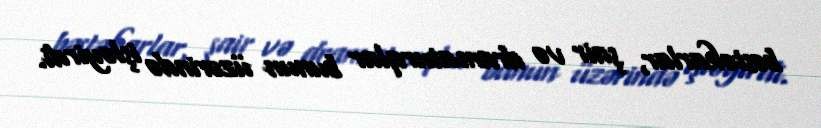
bəstəkarlar, şair və dramaturqlar bunun üzərində işləyirdi.